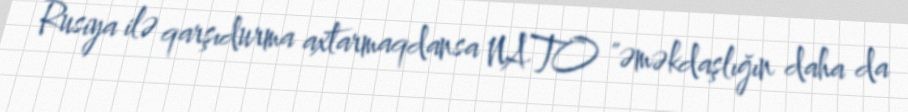
Rusiya ilə qarşıdurma axtarmaqdansa NATO "əməkdaşlığın daha da